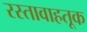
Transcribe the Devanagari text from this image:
रस्तावाहतूक